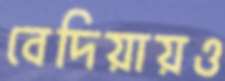
বেদিয়ায়ও